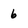
Character: 6